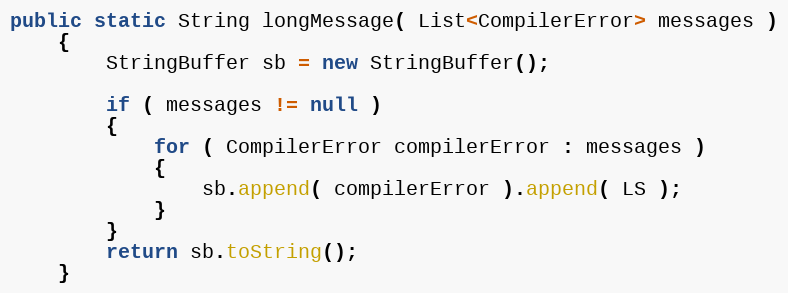
Language: Java
public static String longMessage( List<CompilerError> messages )
    {
        StringBuffer sb = new StringBuffer();

        if ( messages != null )
        {
            for ( CompilerError compilerError : messages )
            {
                sb.append( compilerError ).append( LS );
            }
        }
        return sb.toString();
    }